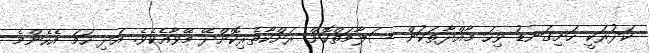
ކަދުރަކީ ހަށިގަނޑު ވިހަ މާއްދާތަކުން ސަލާމަތްކޮށް ރަށްކާތެރިކޮށްދޭ މޭވާއެކެވެ. އަދި ހަމަ އެހެންމެ